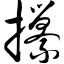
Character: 攥